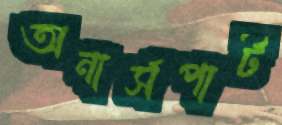
অনার্সপার্ট